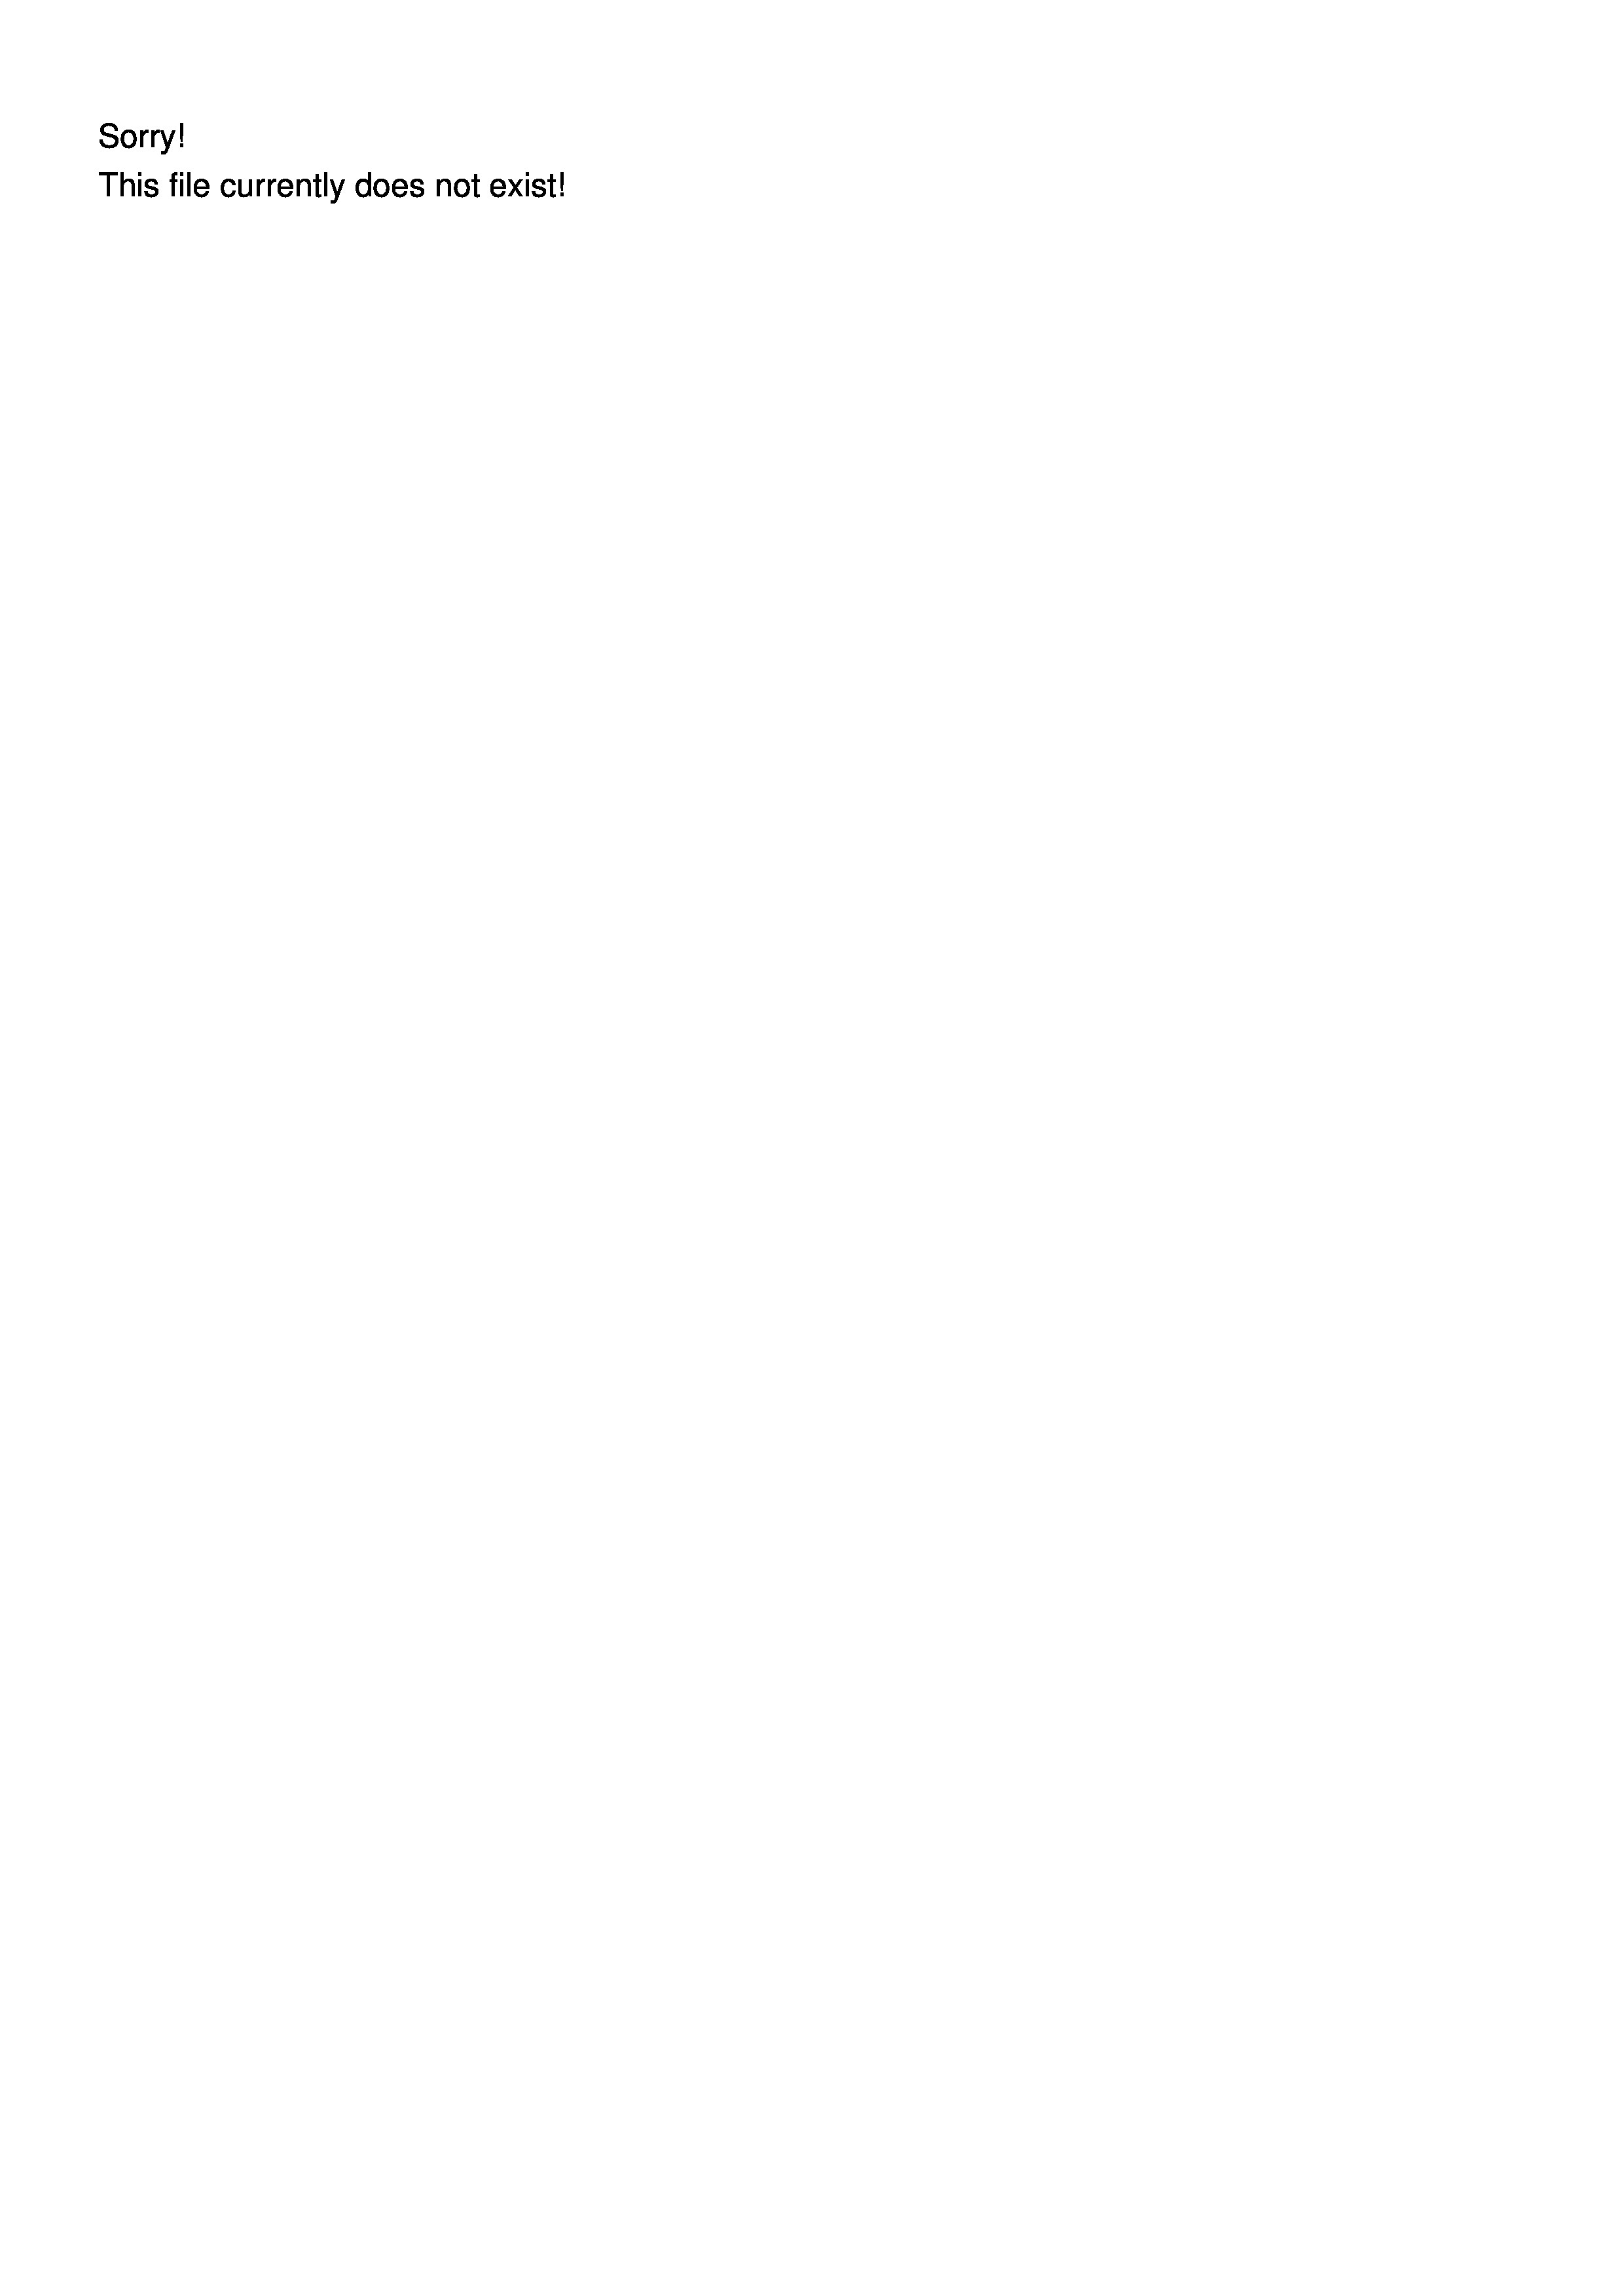
This file currently does not exist!